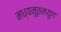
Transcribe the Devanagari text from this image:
मध्यनूतनयुग